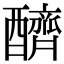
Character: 𨣧